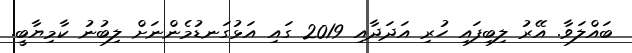
ބައްލަވާ. އޭރު ލިބިފައި ހުރި އަދަދާއި 2019 ގައި އަޅުގަނޑުމެންނަށް ލިބުނު ކާމިޔާބީ.